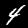
Digit: 4